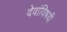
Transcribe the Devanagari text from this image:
देवांविषयी